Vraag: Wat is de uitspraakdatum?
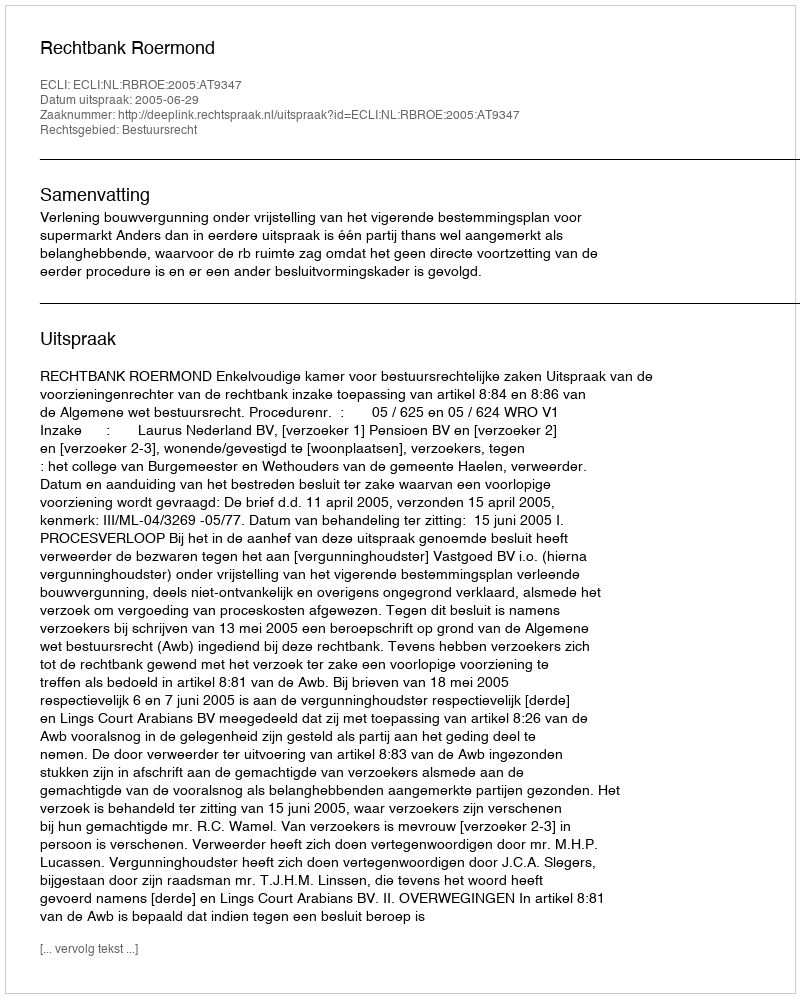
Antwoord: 2005-06-29